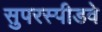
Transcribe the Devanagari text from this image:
सुपरस्पीडवे